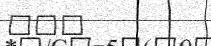
١٠٦